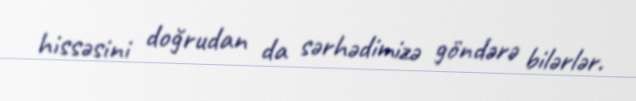
hissəsini doğrudan da sərhədimizə göndərə bilərlər.